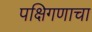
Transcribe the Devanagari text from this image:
पक्षिगणाचा